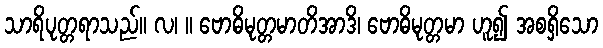
သာရိပုတ္တရာသည်။ လ၊ ။ ဗောဓိမုတ္တမာတိအာဒိ၊ ဗောဓိမုတ္တမာ ဟူ၍ အစရှိသော